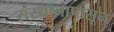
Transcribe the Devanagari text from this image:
संस्थानापासून